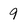
Character: 9